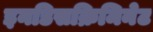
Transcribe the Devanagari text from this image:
इनडिसक्रिमिनेट